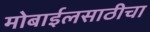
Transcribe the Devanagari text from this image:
मोबाईलसाठीचा